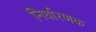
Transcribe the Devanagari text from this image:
निर्धारणक